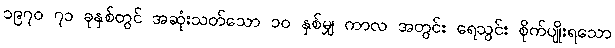
၁၉၇၀ ၇၁ ခုနှစ်တွင် အဆုံးသတ်သော ၁၀ နှစ်မျှ ကာလ အတွင်း ရေသွင်း စိုက်ပျိုးရသော